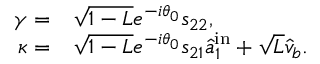
\begin{array} { r l } { \gamma = } & { { } \sqrt { 1 - L } e ^ { - i \theta _ { 0 } } s _ { 2 2 } , } \\ { \kappa = } & { { } \sqrt { 1 - L } e ^ { - i \theta _ { 0 } } s _ { 2 1 } \hat { a } _ { 1 } ^ { \mathrm { { i n } } } + \sqrt { L } \hat { v } _ { b } . } \end{array}